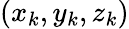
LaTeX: (x_{k},y_{k},z_{k})